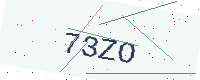
Text: 73ZO